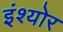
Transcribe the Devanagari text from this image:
इंश्योर